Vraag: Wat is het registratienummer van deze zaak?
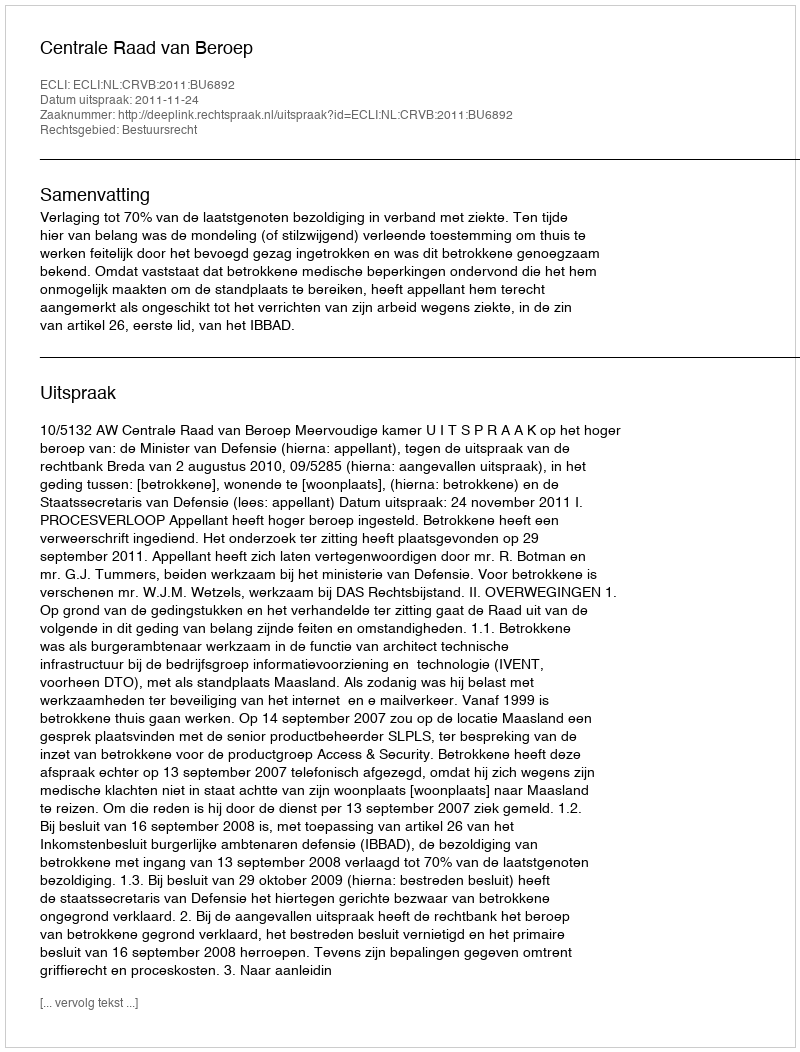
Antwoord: http://deeplink.rechtspraak.nl/uitspraak?id=ECLI:NL:CRVB:2011:BU6892